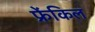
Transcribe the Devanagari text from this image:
फ्रेंकिल